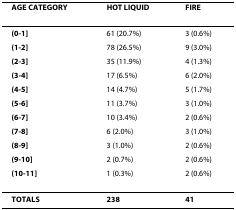
| AGE CATEGORY | HOT LIQUID | FIRE |
 | --- | --- | --- |
 | (0-1] | 61 (20.7%) | 3 (0.6%) |
 | (1-2] | 78 (26.5%) | 9 (3.0%) |
 | (2-3] | 35 (11.9%) | 4 (1.3%) |
 | (3-4] | 17 (6.5%) | 6 (2.0%) |
 | (4-5] | 14 (4.7%) | 5 (1.7%) |
 | (5-6] | 11 (3.7%) | 3 (1.0%) |
 | (6-7] | 10 (3.4%) | 2 (0.6%) |
 | (7-8] | 6 (2.0%) | 3 (1.0%) |
 | (8-9] | 3 (1.0%) | 2 (0.6%) |
 | (9-10] | 2 (0.7%) | 2 (0.6%) |
 | (10-11] | 1 (0.3%) | 2 (0.6%) |
 | TOTALS | 238 | 41 |